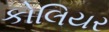
કોલિયર